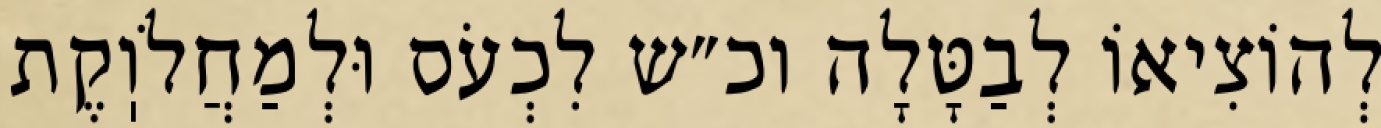
לְהוֹצִיאוֹ לְבַטָּלָה וכ״ש לִכְעֹס וּלְמַחֲלֹוֽקֶת